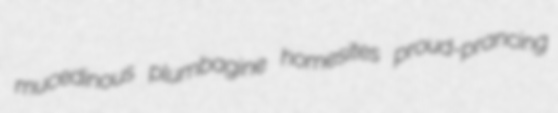
mucedinous plumbagine homesites proud-prancing